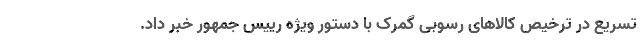
تسریع در ترخیص کالاهای رسوبی گمرک با دستور ویژه رییس جمهور خبر داد.